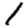
Digit: 1